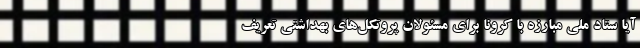
آیا ستاد ملی مبارزه با کرونا برای مسئولان پروتکل‌های بهداشتی تعریف